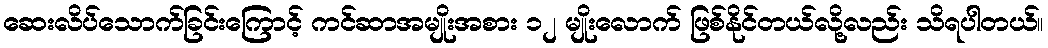
ဆေးလိပ်သောက်ခြင်းကြောင့် ကင်ဆာအမျိုးအစား ၁၂ မျိုးလောက် ဖြစ်နိုင်တယ်လို့လည်း သိရပါတယ်။